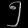
Digit: ၅